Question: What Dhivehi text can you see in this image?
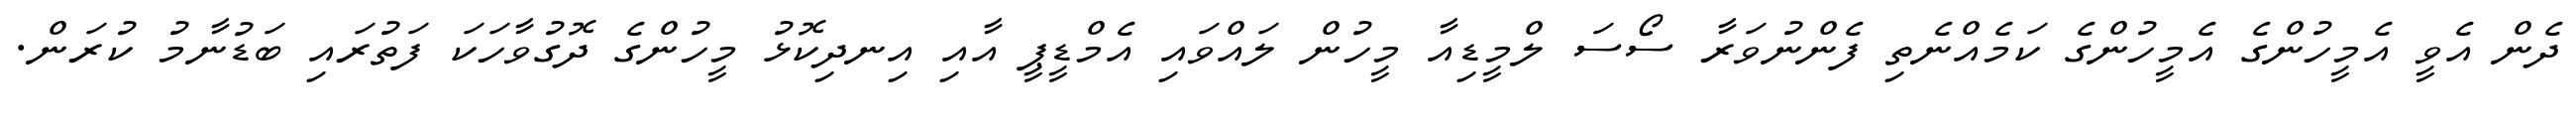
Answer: ދެން އެވީ އެމީހުންގެ އެމީހުންގެ ކަމެއްނެތި ފެންނުވަރާ ސޯސަ ލްމީޑިއާ މީހުން ލައްވައި އެމްޑީޕީ އާއި އިނދިކޮޅު މީހުންގެ ދޮގުވާހަކަ ފަތުރައި ބަޑުނާމު ކުރަން.